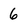
Character: 6